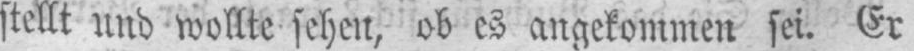
stellt und wollte sehen, ob es angekommen sei. Er